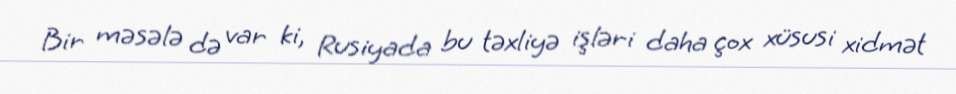
Bir məsələ də var ki, Rusiyada bu təxliyə işləri daha çox xüsusi xidmət